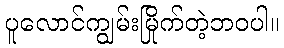
ပူလောင်ကျွမ်းမြိုက်တဲ့ဘဝပါ။